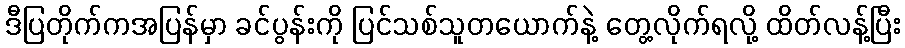
ဒီပြတိုက်ကအပြန်မှာ ခင်ပွန်းကို ပြင်သစ်သူတယောက်နဲ့ တွေ့လိုက်ရလို့ ထိတ်လန့်ပြီး